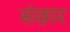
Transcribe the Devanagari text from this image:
संछार